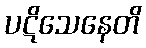
ပဋိသေနေတိ